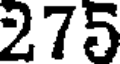
275